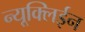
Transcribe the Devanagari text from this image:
न्यूक्लिईन